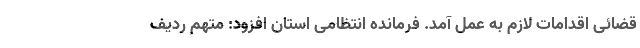
قضائی اقدامات لازم به عمل آمد. فرمانده انتظامی استان افزود: متهم ردیف